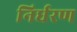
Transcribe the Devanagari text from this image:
निर्धरण